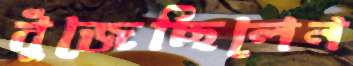
বুঁজেছিলেন